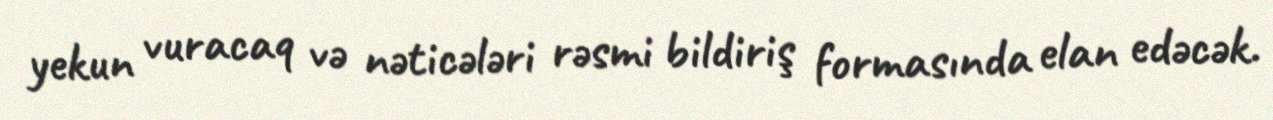
yekun vuracaq və nəticələri rəsmi bildiriş formasında elan edəcək.